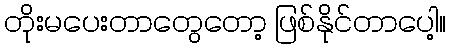
တိုးမပေးတာတွေတော့ ဖြစ်နိုင်တာပေါ့။